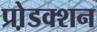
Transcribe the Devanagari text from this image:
प्रो़डक्शन